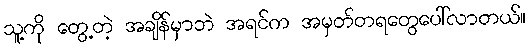
သူ့ကို တွေ့တဲ့ အချိန်မှာဘဲ အရင်က အမှတ်တရတွေပေါ်လာတယ်။